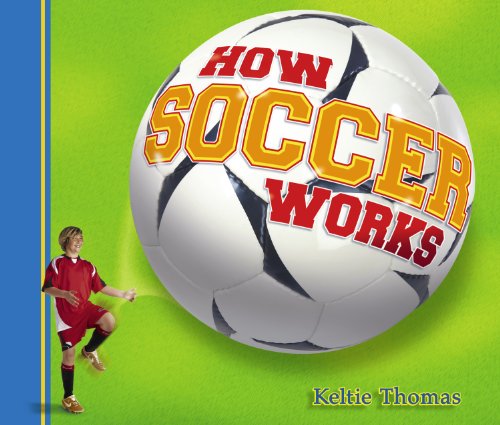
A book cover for How Soccer Works (How Sports Work); Keltie Thomas; Children's Books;